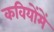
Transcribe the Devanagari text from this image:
कवियोंमें